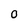
Character: O